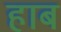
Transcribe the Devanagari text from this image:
हाब